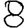
Digit: 8